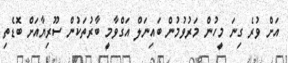
އަށް ވުރެ ގިނަ މީހުން މަރުވުމުން ބައިނަލް އަގްވާމީ ބާރުތަކުން ސޫރިޔާއަށް ބޮޑެތި